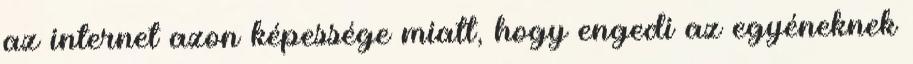
az internet azon képessége miatt, hogy engedi az egyéneknek